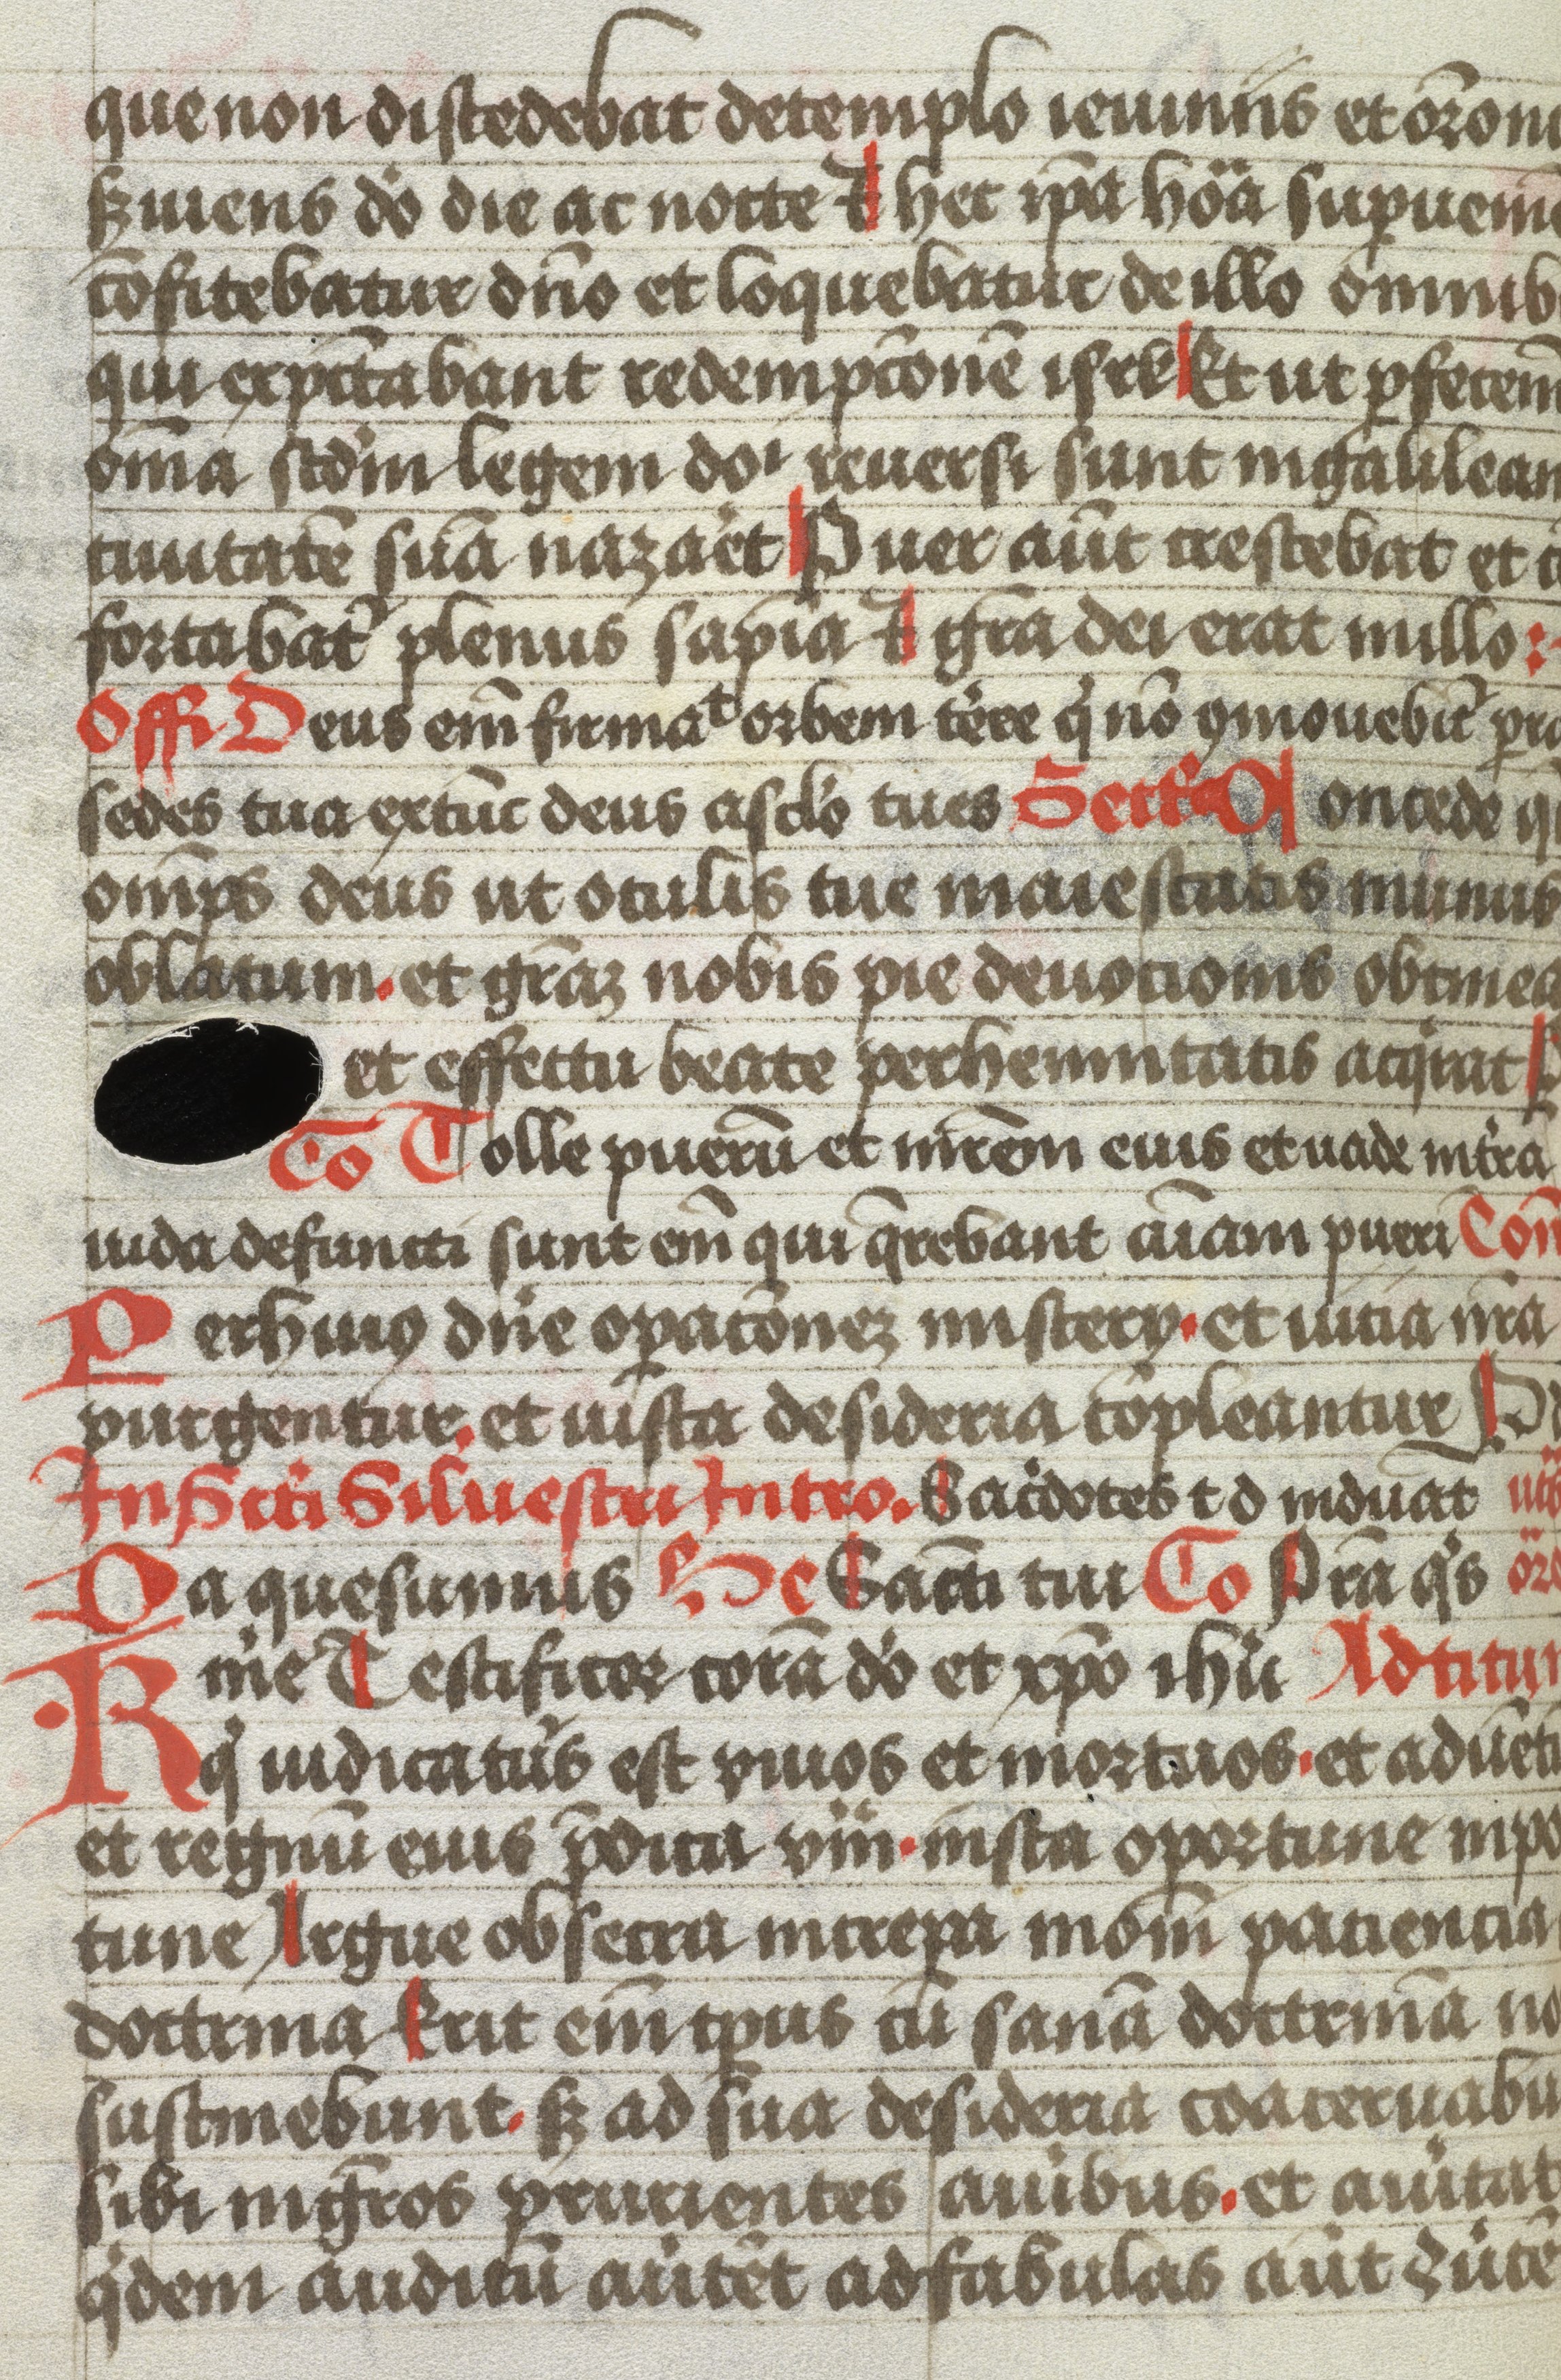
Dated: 1483–1483